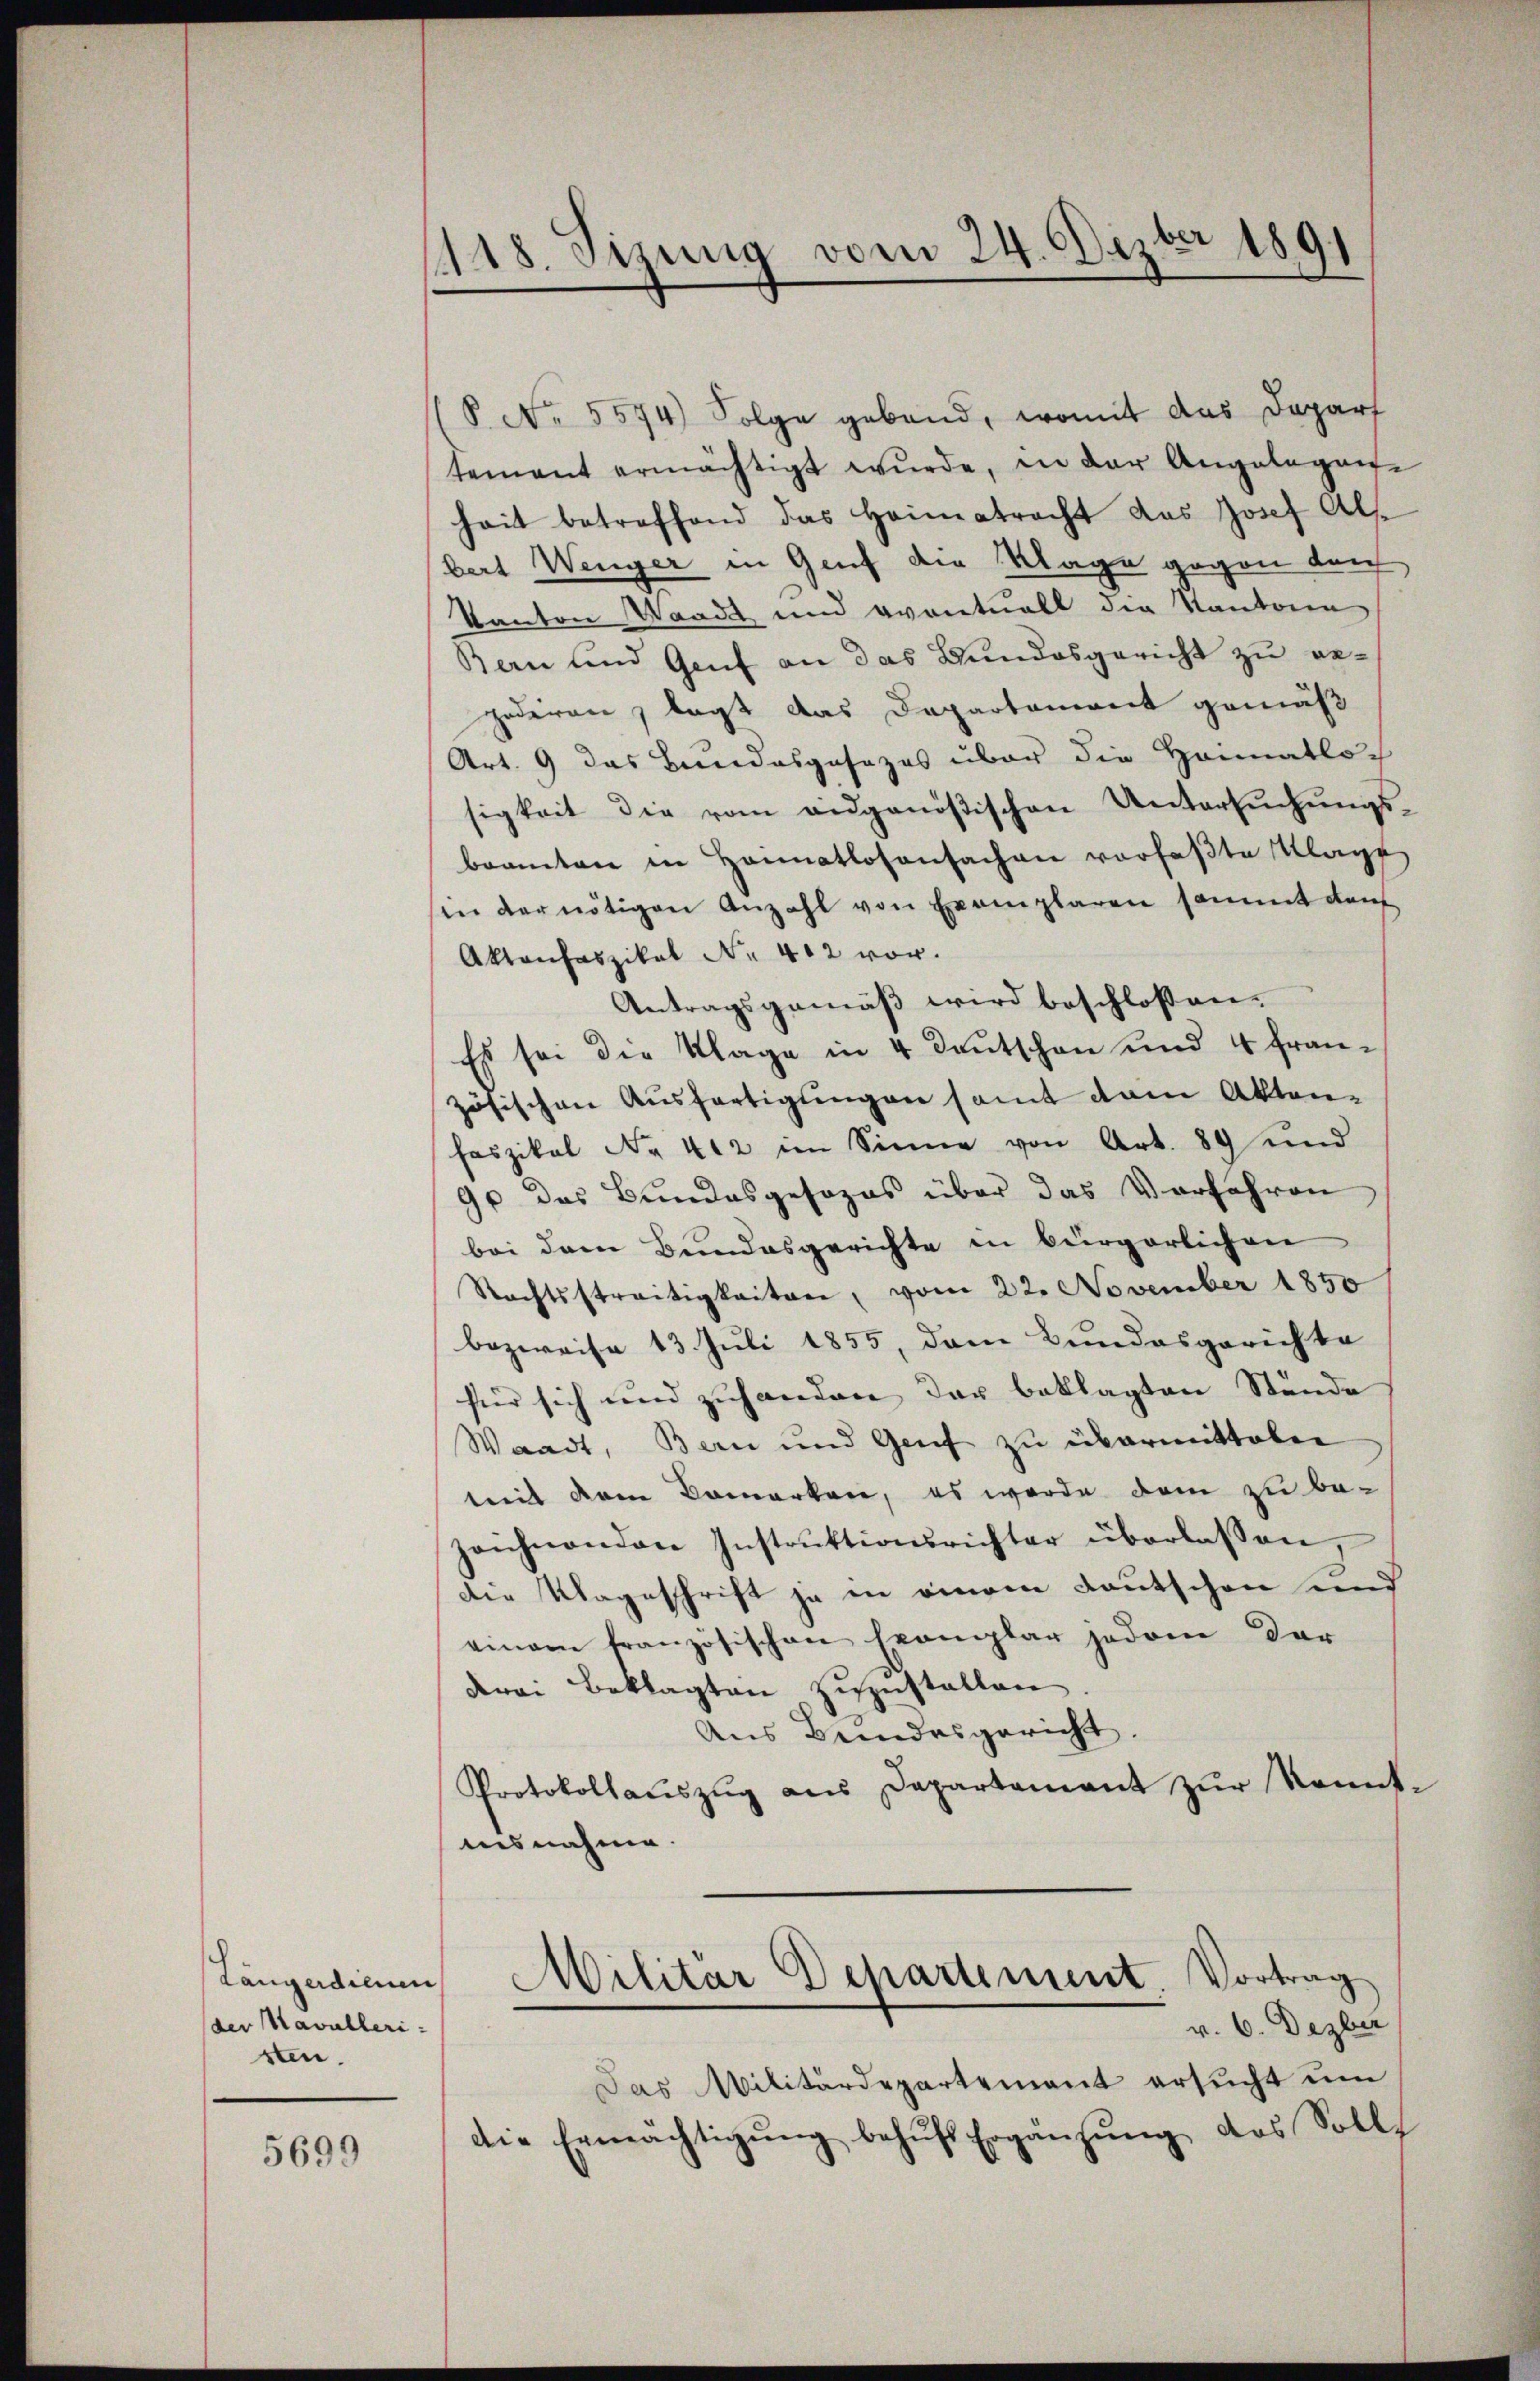
Längerdienen
der Kavalleristen.

5699

118. Sizung vom 24. Dezbr 1891

P. Nr. 5574) Folge gebend, womit das Daparf
tement ermächtigt wŭrde, in der Angelegen-
heit betreffend das Heimatracht das Josef Als
bert Wenger in Genf die Klage gegen durch
Kanton Waadt und eventuell die Kantonen
Bern und Genf an das Bundesgericht zu ergoderen, lagt das Departement gemäß
Art. 9 das Bundesgesezes über die Heimatlo-
sigkeit die vom angenößischen Untersuchungsbrannten in Honatlosensachen vorfaβte Klage
in der nötigen Anzahl von Exemplaren sammt dan
Aktanfaszikal Nr. 412 vor.
Antragsgemäß wird beschlossen-
Es sei die Klage in 4 Deutschon und 4 fran-
zösischen Ausfertigungen samt vom Akten-
Faszikel No 412 im Sinne von Art. 89 und
90 das Bundesgesezes über das Vorfahren
bei dem Bundesgerichte in bürgerlichen
Rechtsstreitigkeiten, vom 22. November 1850
bezweife 13. Juli 1855, dem Bundesgerichte
für sich und zuhanden der beklagten Stände
Waadt, Bern und Genf zu übermittalen
teit dem Bemerken, es werde dem zu bezeichnenden Instrŭktionsrichter überlassen,
die Klageschrift ja in einem Lautschen und
einem französischen Exemplar jedem der
drei Beklagten zuzustellen
Aus Beindesgericht
Protokollaŭszŭg ans Departament zŭr Kennt-
ausnahme.
Militär Departement Vortrag
v. 6. Dezber
Das Militärdepartement ersŭcht ŭm
die Ermächtigung behufs Ergänzung des Soll